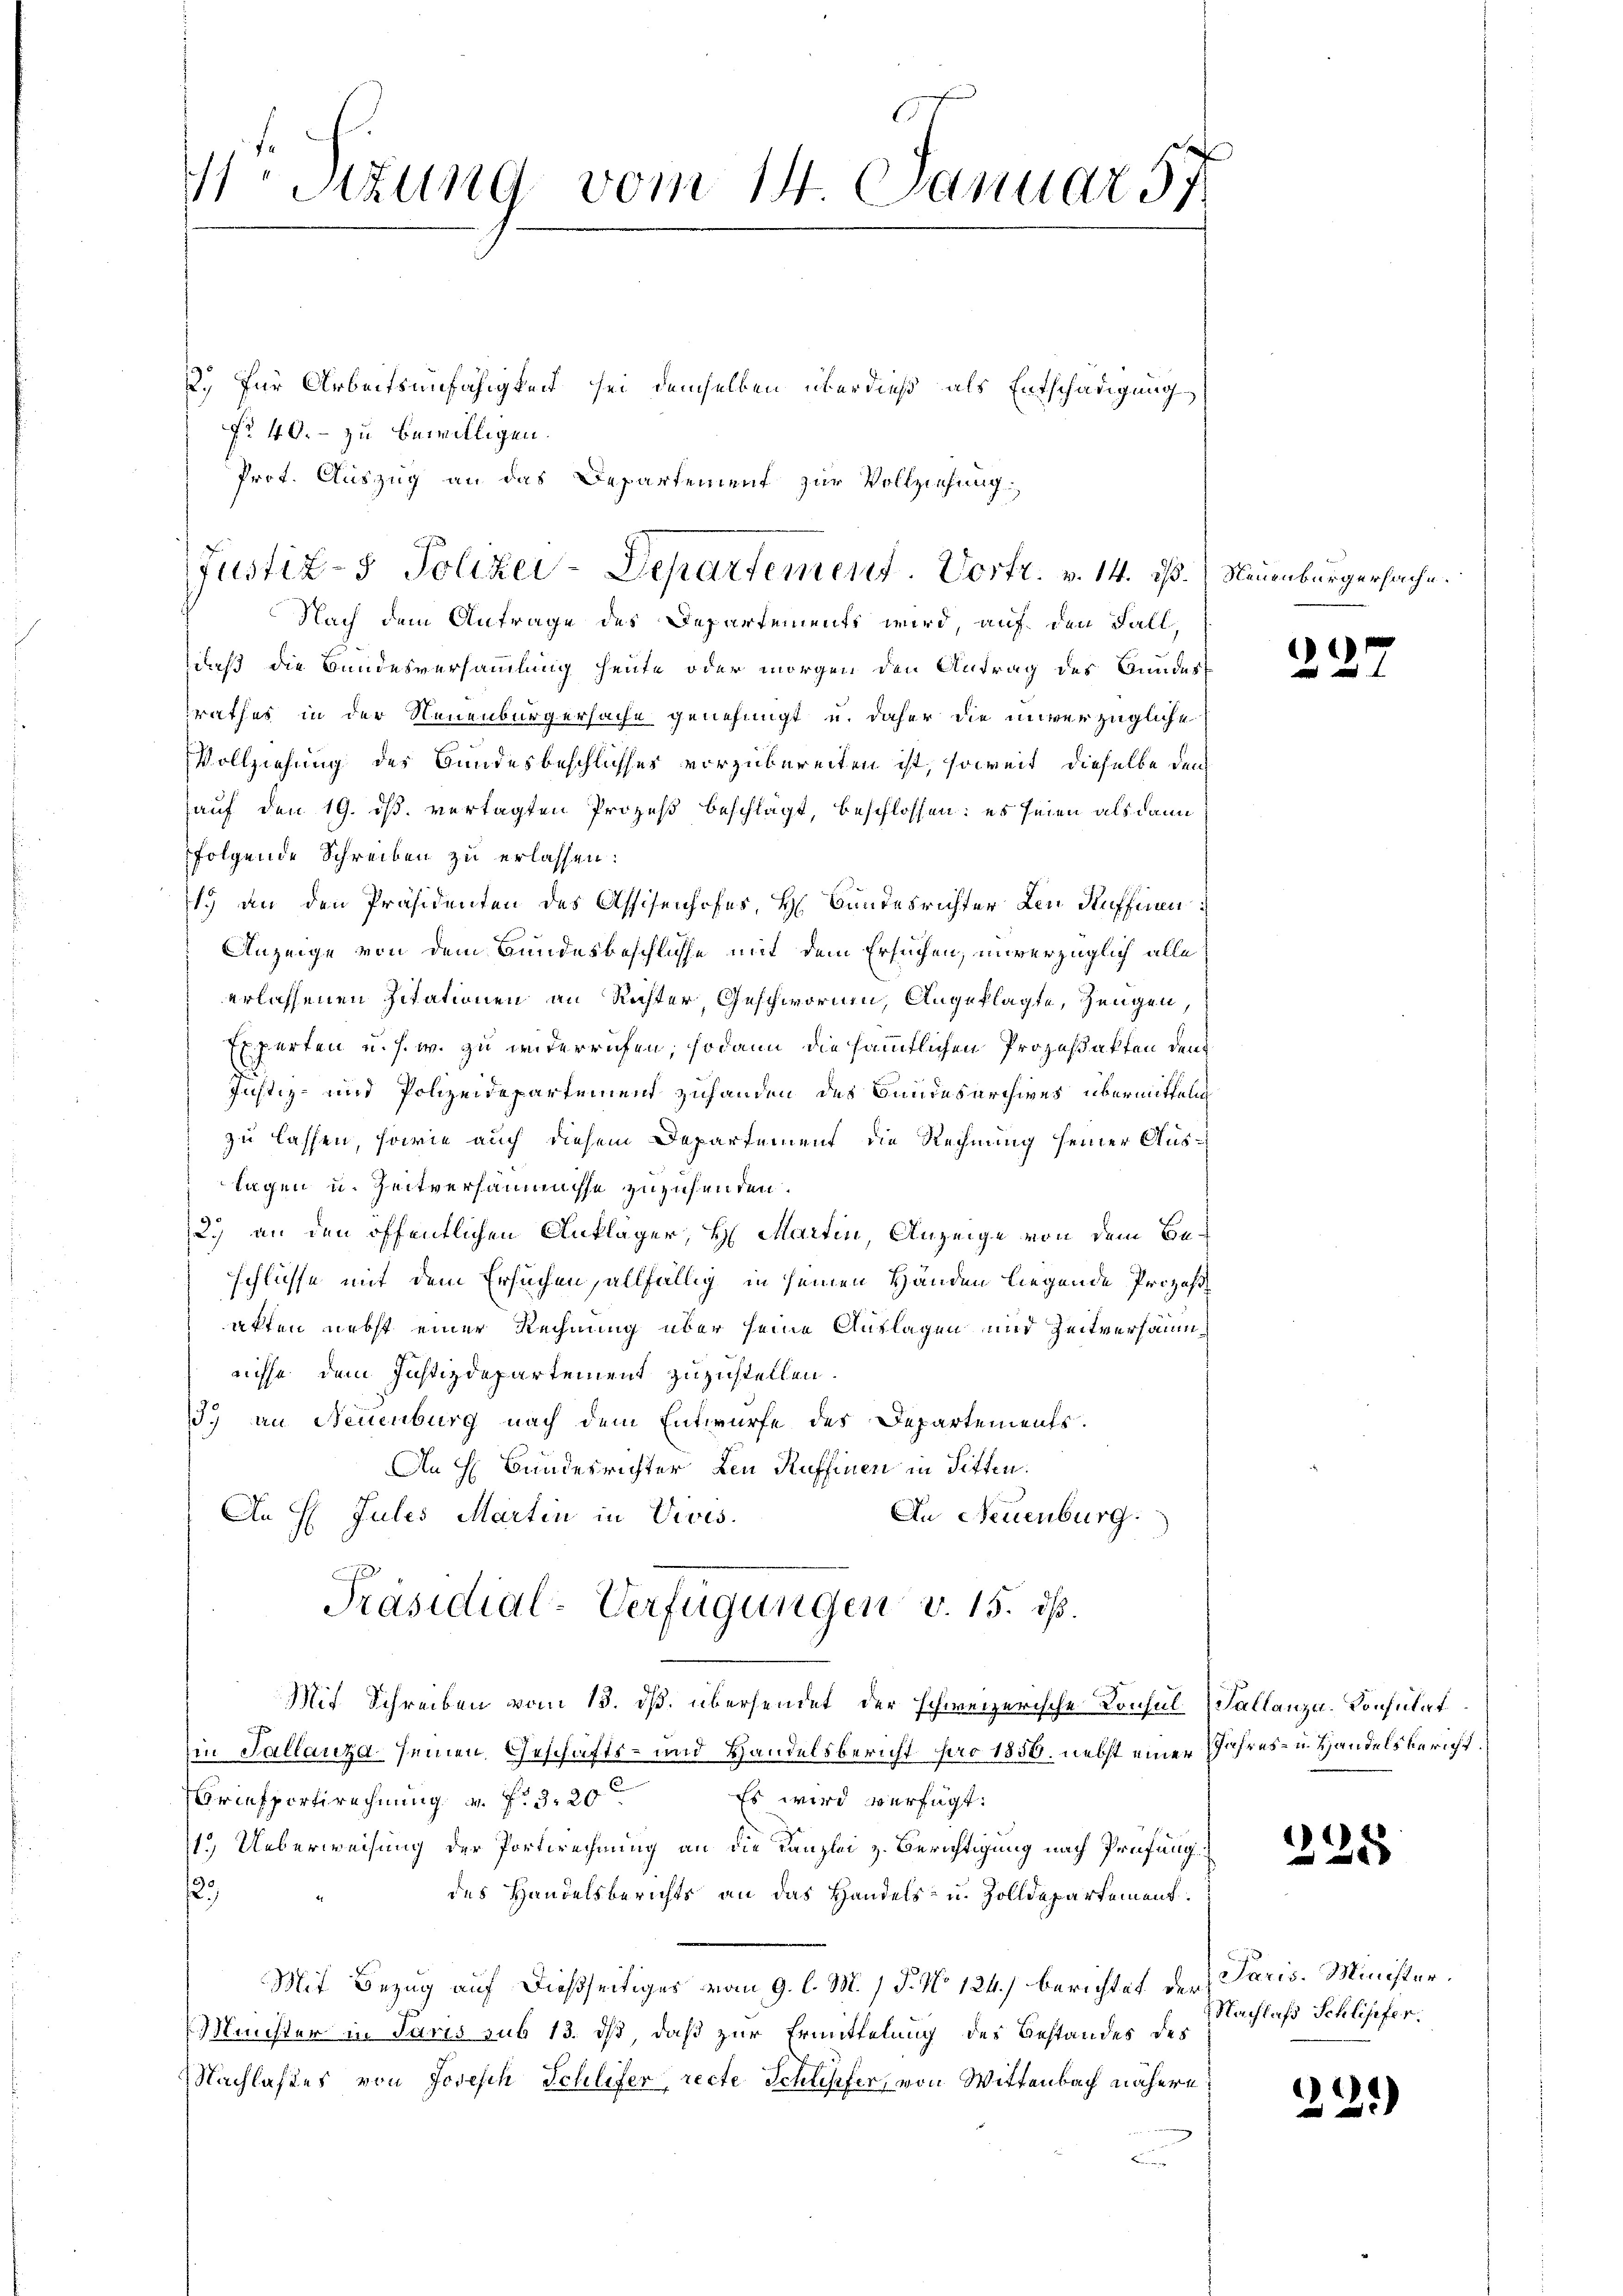
11ten Sizung vom 14. Januar 57

2.) Für Arbeitsunfähigkeit sei demselben überdieß als Entschädigung
No 40. – zu bewilligen.
Prot. Auszug an das Departement zur Vollziehung

(Justiz- & Polizei-Departement. Vortr. v. 14. ds. Neuenburgersache.
Nach dem Antrage des Departements wird, auf den Fall,

daß die Bundesversammlung heute oder morgen den Antrag des Bundes-
rathes in der Neuenburgersache genehmigt u. daher die unverzügliche
Vollziehung der Bundesbeschlusses vorzubereiten ist, soweit dieselbe den
auf den 19. ds. vertagten Prozeß beschlägt, beschlossen: es seien als dann
folgende Schreiben zu erlassen:
1.) an den Präsidenten des Assisenhofes, H. Bandesrichter den Ruffnen
Anzeige von dem Bundesbeschlüsse mit dem Ersuchen, unverzüglich alle
erlassenen Zitationen an Richter, Geschwornen, Angeklagte, Zeugen,
Experten u. s. w. zu widerrufen; sodann die sämmtlichen Prozeßakten den
Justiz- und Polizeidepartement zuhanden des Bundesarchives übermitteln
zu lassen, sowie auch diesem Departement die Rechnung seiner Auslagen u. Zeitversäumnisse zuzusenden.
2.) an den öffentlichen Ankläger, H. Martin, Anzeige von dem Beschlüsse mit dem Ersuchen, allfällig in seinen Händen liegende Prozeßakten nebst einer Rechnung über seine Auflagen und Zeitversäumnicht dem Justizdepartement zuzustellen.
.) an Neuenburg nach dem Entwurfe des Departements.
An H Bundesrichter, den Ruffinen in Sitten.
An H. Jules Martin in Vivis.
An Neuenburg.
Präsidial-Verfügungen v. 15. dß.
Mit Schreiben vom 13. ds. übersendet der schweizerische Konsul Kallanza-Konsulat
in Tallanza seinen Geschäfts- und Handelsbericht pro 1850. nebst einer
Briefportirechnung a. f. 3. 20
Es wird verfügt:
1.) Ueberweisung der Portwechnung an die Kanzlei z. Berichtigung nach Prüfung
12
des Handelsberichts an das Handels- u. Zolldepartement.
Mit Bezug auf dießseitiges vom 9. l. M. 1 P. No 124.) berichtet der Paris. Minister¬
Münster in Paris sub 13. ds, daß zur Ermittelung der Bestandes des
NNachlastes von Josisch Schlifer, recte Schlipfes, von Wittenbach nähere
b

1

Jahres- u. Handels bericht.

225

Nachlaß Schliefer.

22.)